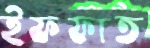
ইফফাত